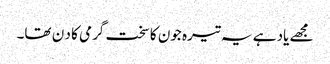
مجھے یاد ہے یہ تیرہ جون کا سخت گرمی کا د ن تھا۔